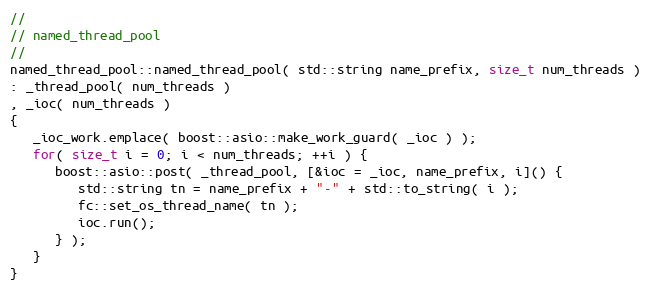
Language: C++
//
// named_thread_pool
//
named_thread_pool::named_thread_pool( std::string name_prefix, size_t num_threads )
: _thread_pool( num_threads )
, _ioc( num_threads )
{
   _ioc_work.emplace( boost::asio::make_work_guard( _ioc ) );
   for( size_t i = 0; i < num_threads; ++i ) {
      boost::asio::post( _thread_pool, [&ioc = _ioc, name_prefix, i]() {
         std::string tn = name_prefix + "-" + std::to_string( i );
         fc::set_os_thread_name( tn );
         ioc.run();
      } );
   }
}